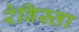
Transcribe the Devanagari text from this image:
रेविस्ता